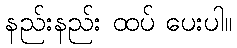
နည်းနည်း ထပ် ပေးပါ။